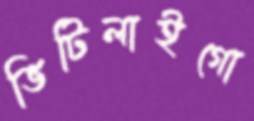
ভিটিলাইগো